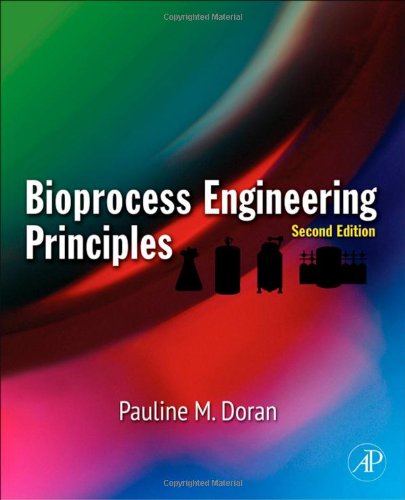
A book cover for Bioprocess Engineering Principles, Second Edition; Pauline M. Doran Ph.D.; Science & Math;